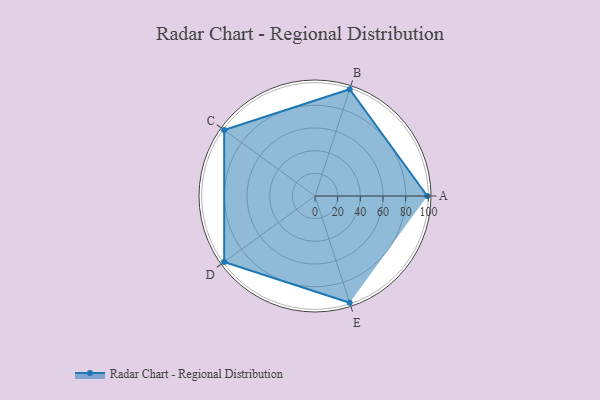
{"axis": {"x": "Skill", "y": "Score"}, "legend": ["Profile"], "data": [{"x": "A", "y": 99, "type": "Profile"}, {"x": "B", "y": 99, "type": "Profile"}, {"x": "C", "y": 99, "type": "Profile"}, {"x": "D", "y": 99, "type": "Profile"}, {"x": "E", "y": 99, "type": "Profile"}]}